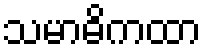
သမာဓိကထာ